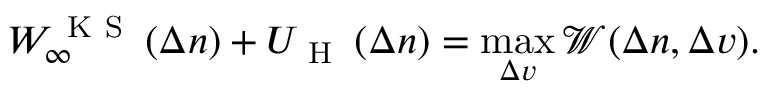
W _ { \infty } ^ { \mathrm { ~ K ~ S ~ } } \left( \Delta n \right) + U _ { \mathrm { ~ H ~ } } \left( \Delta n \right) = \operatorname* { m a x } _ { \Delta v } \mathcal { W } ( \Delta n , \Delta v ) .